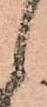
候